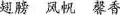
翅膀 风帆 馨香